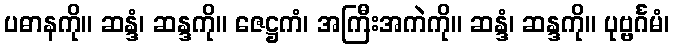
ပဓာနကို။ ဆန္ဒံ၊ ဆန္ဒကို။ ဇေဋ္ဌကံ၊ အကြီးအကဲကို။ ဆန္ဒံ၊ ဆန္ဒကို။ ပုဗ္ဗင်္ဂမံ၊